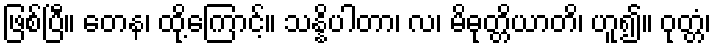
ဖြစ်ပြီ။ တေန၊ ထို့ကြောင့်။ သန္နိပါတာ၊ လ၊ မိဓုတ္တိယာတိ၊ ဟူ၍။ ဝုတ္တံ၊